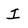
Character: I